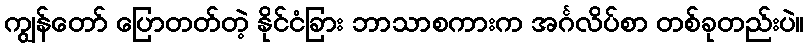
ကျွန်တော် ပြောတတ်တဲ့ နိုင်ငံခြား ဘာသာစကားက အင်္ဂလိပ်စာ တစ်ခုတည်းပဲ။